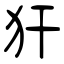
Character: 犴